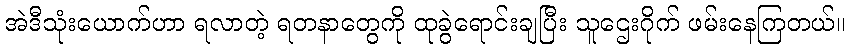
အဲဒီသုံးယောက်ဟာ ရလာတဲ့ ရတနာတွေကို ထုခွဲရောင်းချပြီး သူဌေးဂိုက် ဖမ်းနေကြတယ်။